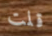
قلت